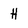
Character: H